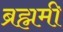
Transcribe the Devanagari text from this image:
ब्रह्ममी